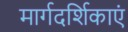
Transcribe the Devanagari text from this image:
मार्गदर्शिकाएं